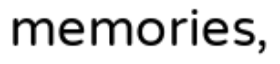
memories,